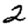
Digit: 2